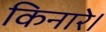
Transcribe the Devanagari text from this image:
किनारे।